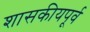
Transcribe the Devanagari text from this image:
शासकीयपूर्व